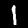
Digit: 1